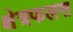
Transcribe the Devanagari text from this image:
क्षेत्रफलस